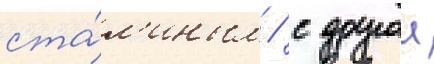
ста́л'иным / с другои